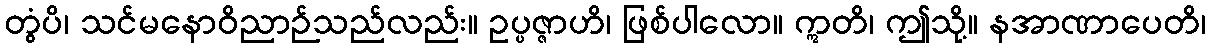
တွံပိ၊ သင်မနောဝိညာဉ်သည်လည်း။ ဥပ္ပဇ္ဇာဟိ၊ ဖြစ်ပါလော။ ဣတိ၊ ဤသို့။ နအာဏာပေတိ၊